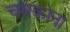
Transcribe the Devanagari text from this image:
चमकाना